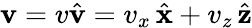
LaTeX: {\mathbf v}=v\hat{\mathbf v}=v_{x}\, \hat{\mathbf x}+v_{z}\, \hat{\mathbf z}